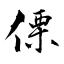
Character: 傈